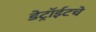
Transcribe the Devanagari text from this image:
डेट्रॉईटचे